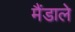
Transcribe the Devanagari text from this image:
मैंडाले